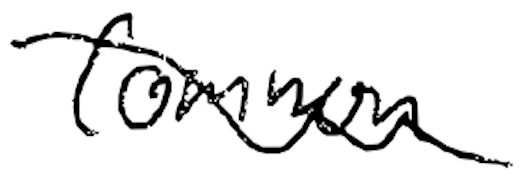
Text: common
Cross-out: wave
Writing tool: digital_black